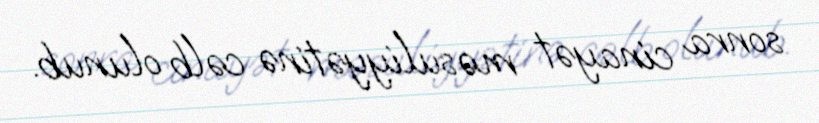
sonra cinayət məsuliyyətinə cəlb olunub.